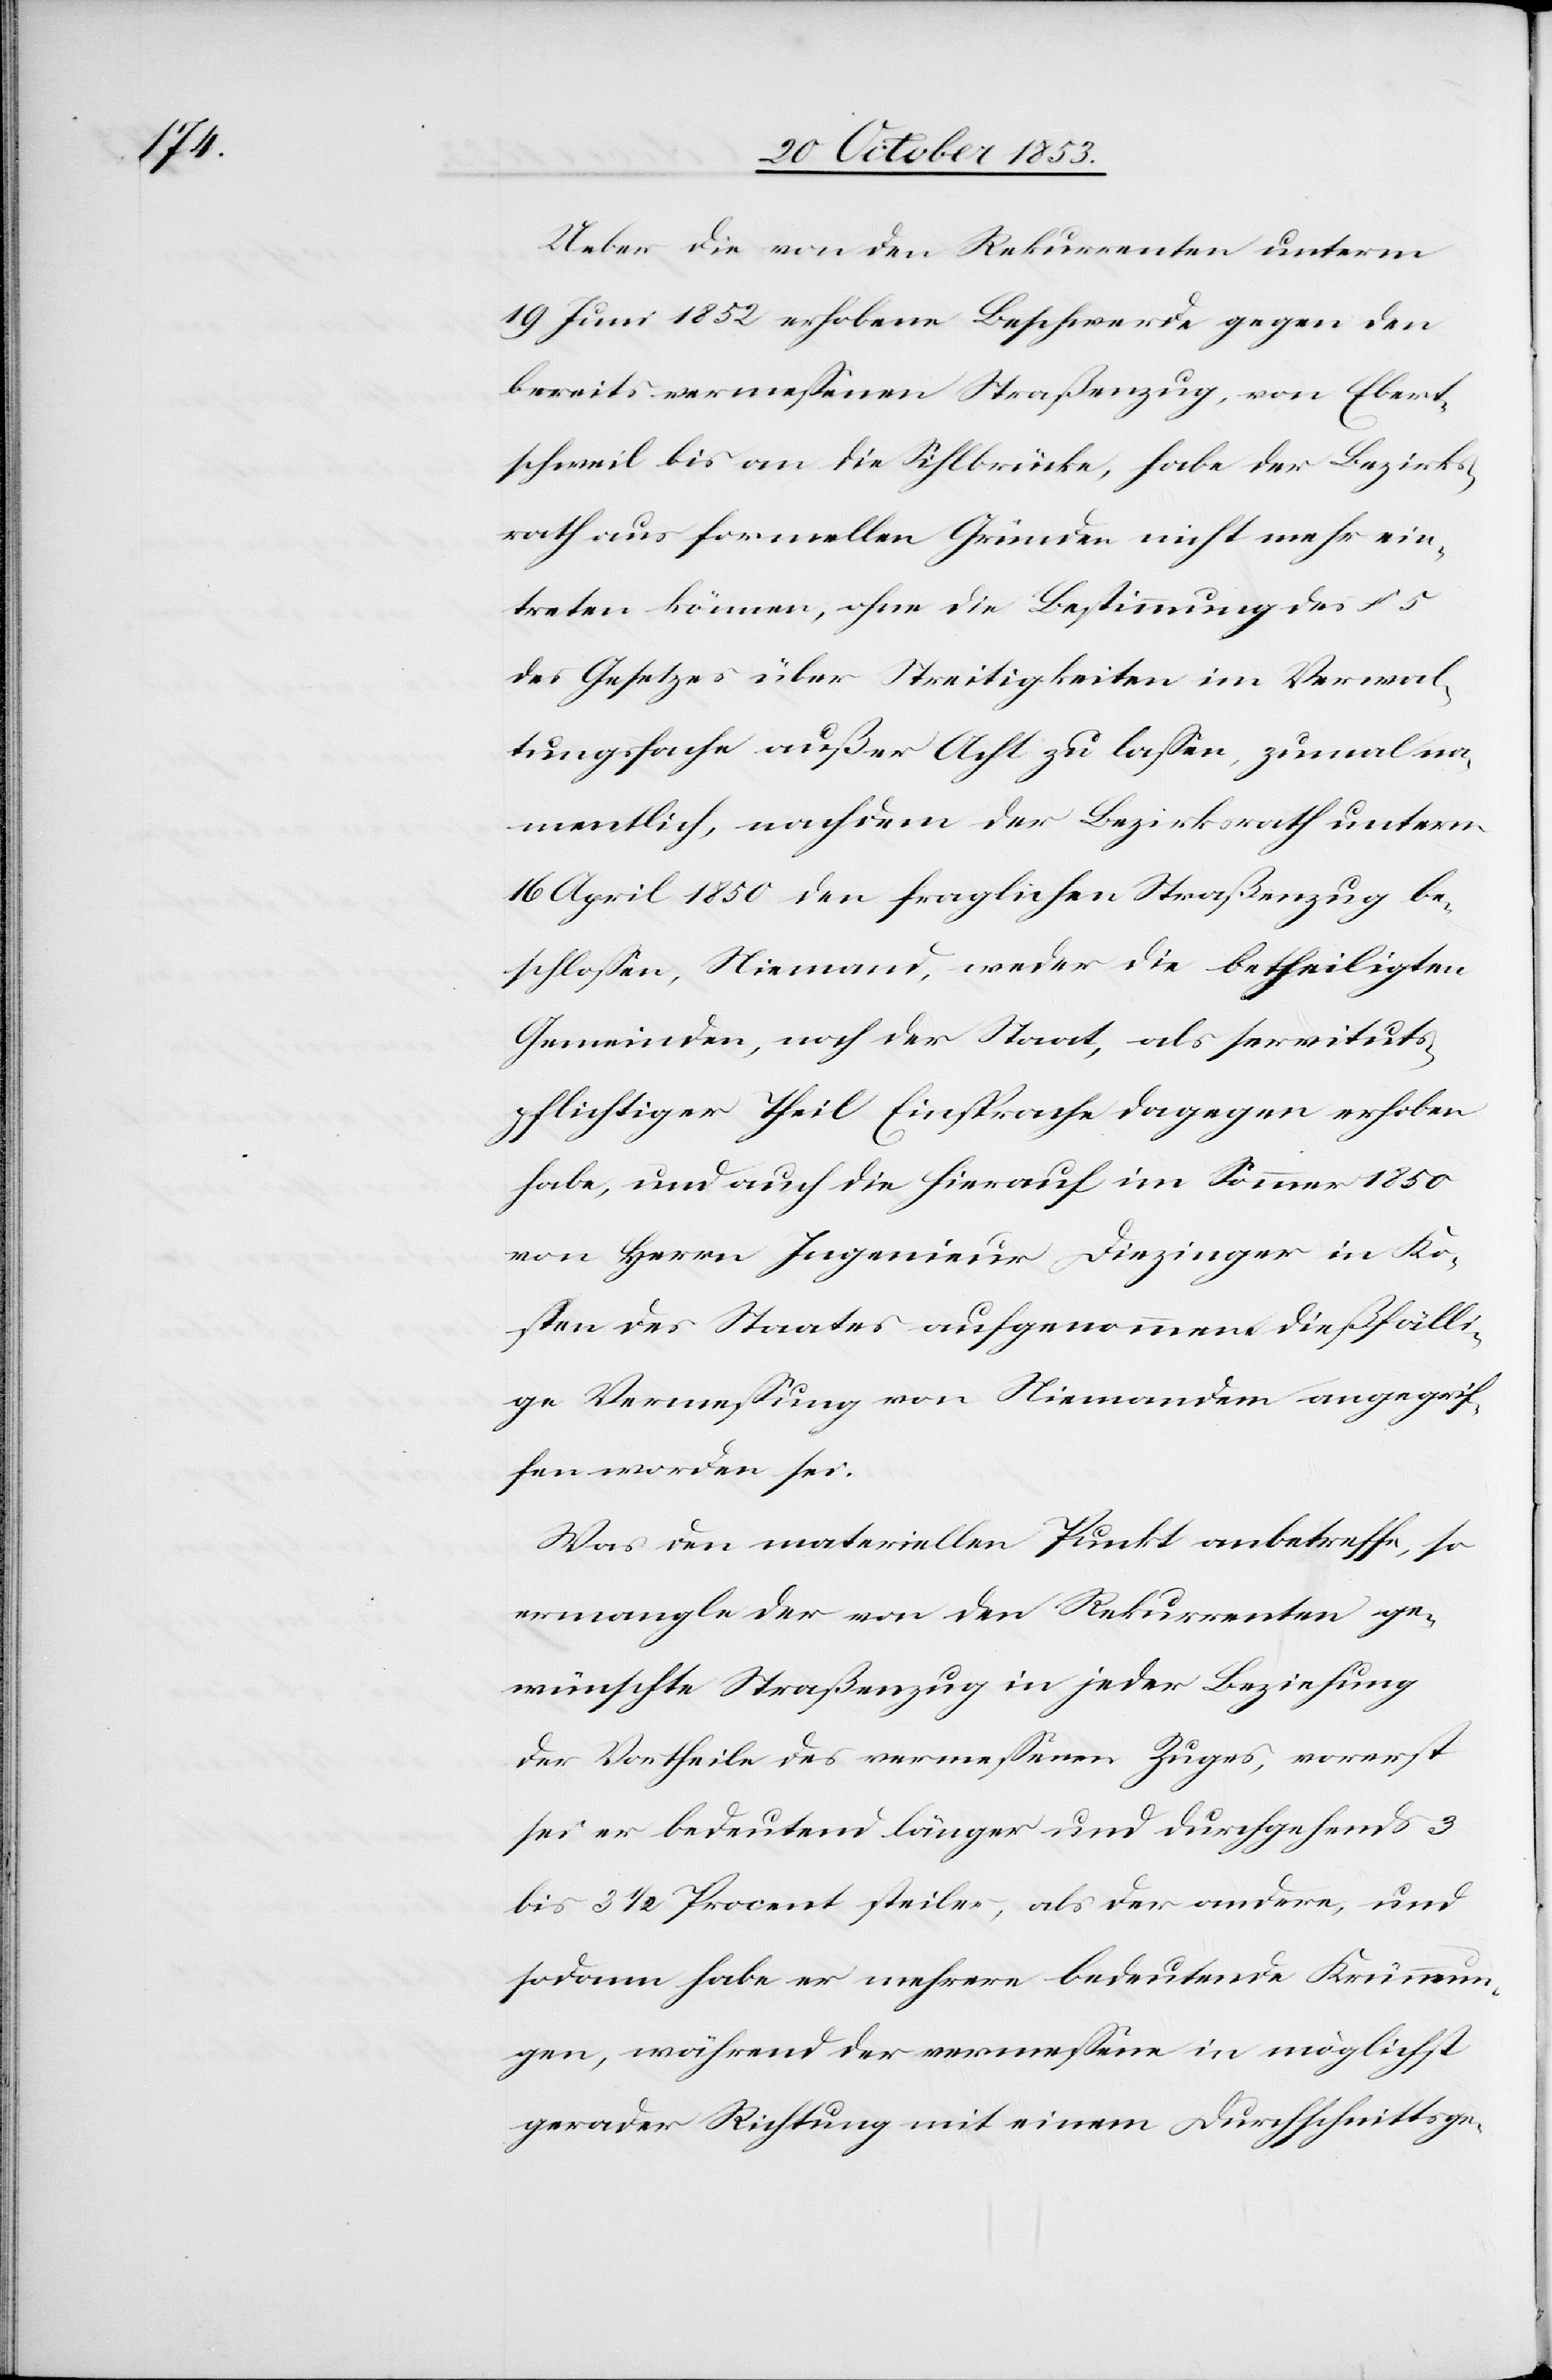
Ueber die von den Rekurrenten unterm
19 Juni 1852 erhobene Beschwerde gegen den
bereits vermeßenen Straßenzug, von Ebert¬
schweil bis an die Sihlbrücke, habe der Bezirks¬
rath aus formellen Gründen nicht mehr ein¬
treten können, ohne die Bestimmung des §
des Gesetzes über Streitigkeiten im Verwal¬
tungsfache außer Acht zu laßen, zumal na¬
mentlich, nachdem der Bezirksrath unterm
16 April 1850 den fraglichen Straßenzug be¬
schloßen, Niemand, weder die betheiligten
Gemeinden, noch der Staat, als servituts¬
pflichtiger Theil Einsprache dagegen erhoben
habe, und auch die hierauf im Sommer 1850
von Herrn Ingenieur Diezinger in Ko¬
sten des Staates aufgenommene dießfälli¬
ge Vermeßung von Niemandem angegrif¬
fen worden sei.
Was den materiellen Punkt anbetreffe, so
ermängle der von den Rekurrenten ge¬
wünschte Straßenzug in jeder Beziehung
der Vortheile des vermeßenen Zuges, vorerst
sei er bedeutend länger und durchgehends 3
bis 3 1/2 Prozent steiler, als der andere, und
sodann habe er mehrere bedeutende Krümmun¬
gen, während der vermeßene in möglichst
gerader Richtung mit einem Durchschnittsge-